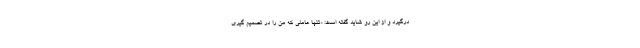
درگیرد و از این رو شاید گفته است: «تنها عاملی که من را در تصمیم گیری